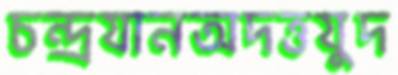
চন্দ্রযানঅদত্তযুদ